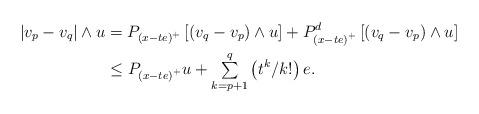
LaTeX: \begin{align*}\left\vert v_{p}-v_{q}\right\vert \wedge u & =P_{\left( x-te\right) ^{+}}\left[ \left( v_{q}-v_{p}\right) \wedge u\right] +P_{\left( x-te\right)^{+}}^{d}\left[ \left( v_{q}-v_{p}\right) \wedge u\right] \\& \leq P_{\left( x-te\right) ^{+}}u+{\textstyle\sum\limits_{k=p+1}^{q}}\left( t^{k}/k!\right) e.\end{align*}